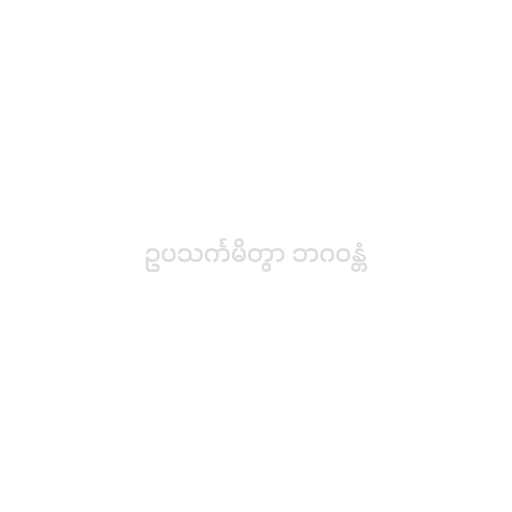
ဥပသင်္ကမိတွာ ဘဂဝန္တံ